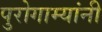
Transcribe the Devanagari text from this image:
पुरोगाम्यांनी